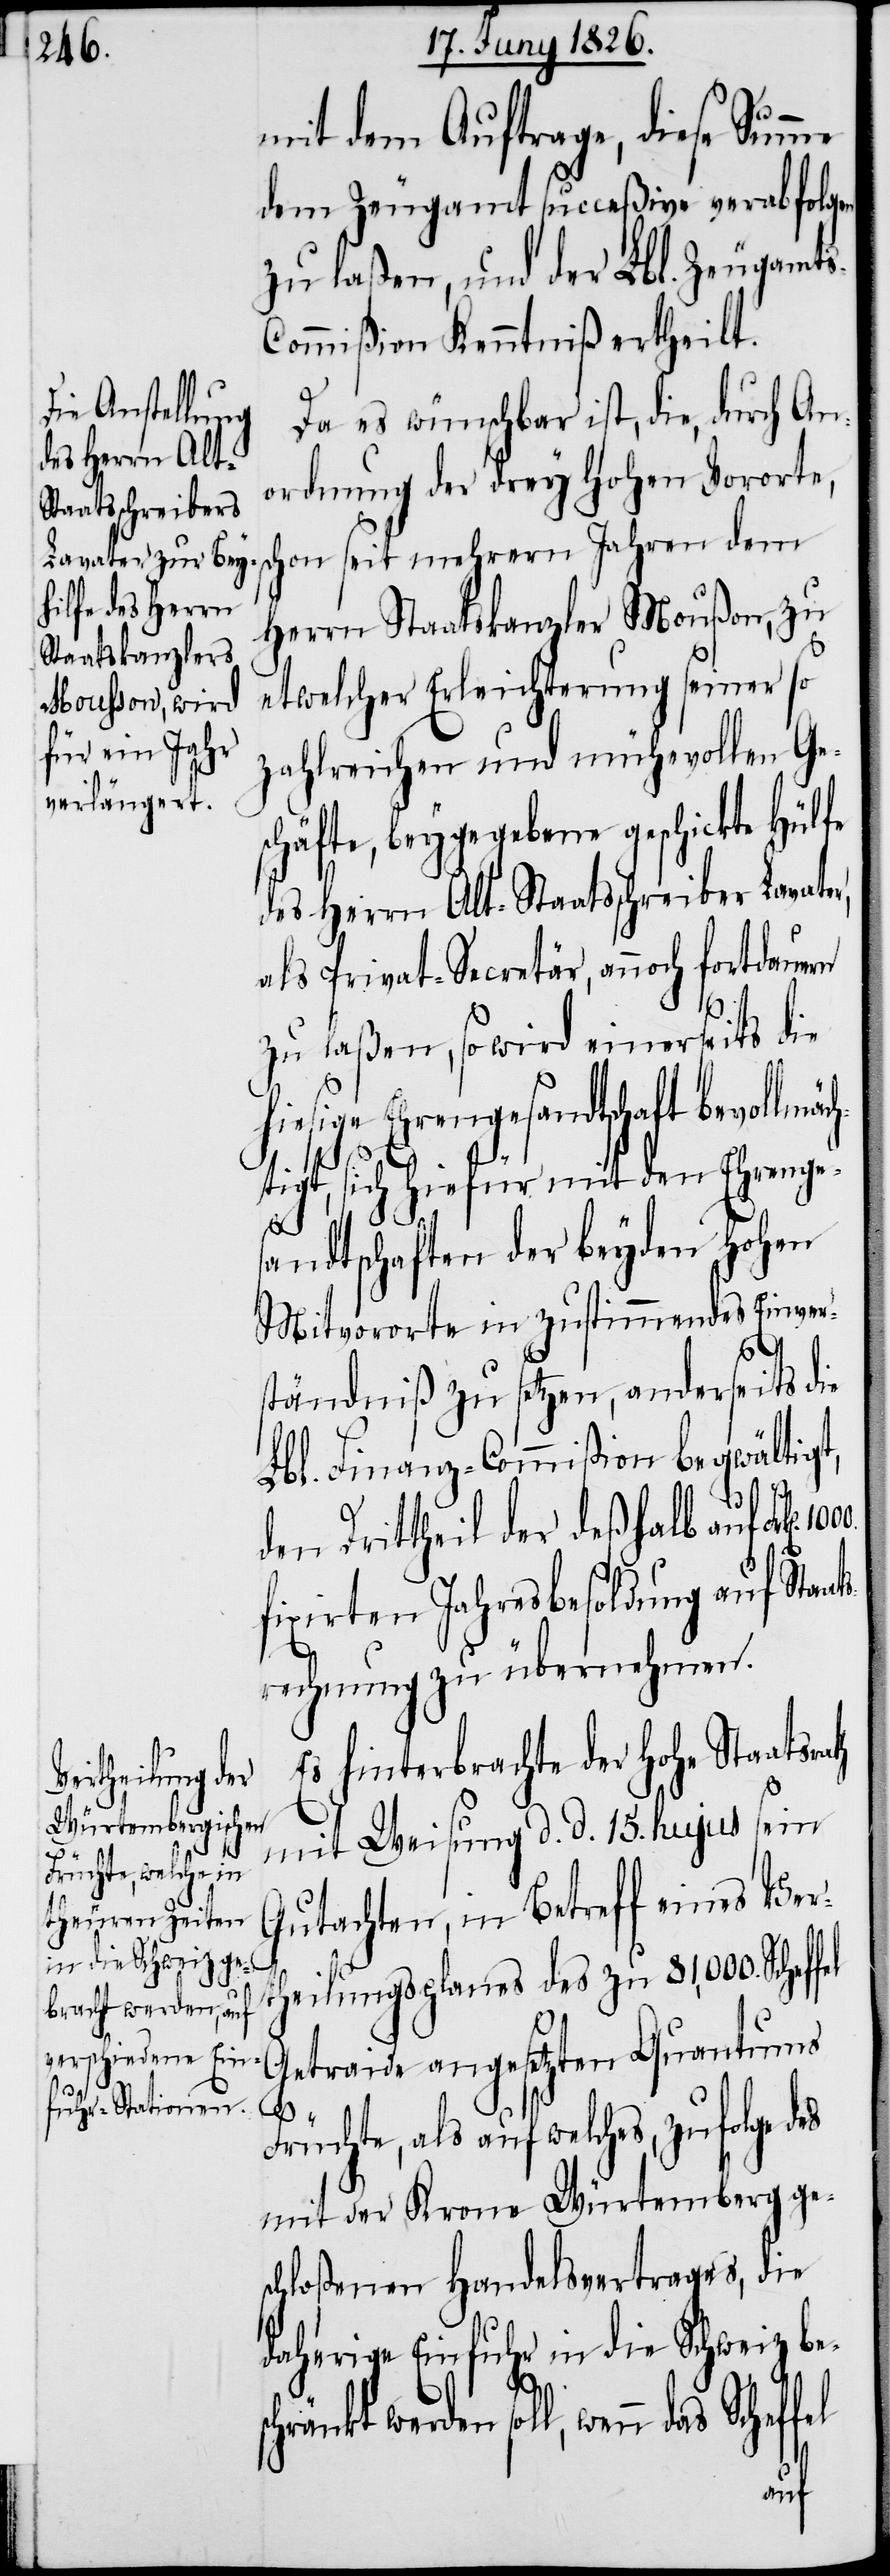
mit dem Auftrag, diese Summe
dem Zeugamt succeßive verabfolgen
zu laßen, und der Lbl. Zeugamts-C¬
ommißion Kenntniß ertheilt.
Da es wünschbar ist, die, durch An¬
ordnung der drey Hohen Vororte,
on seit mehrern Jahren dem
Herrn Staatskanzler Moußon, zu
etwelcher Erleichterung seiner so
zahlreichen und mühevollen Ge¬
schäfte, beygegebene geschickte Hülfe
des Herrn Alt-Staatsschreiber Lavater,
als Privat-Secretär, annoch fortdauern
zu laßen, so wird einerseits die
Ehrengesandtschaft bevollmä¬
tigt, sich hiefür mit den Ehrenge¬
sandtschaften der beyden hohen
Mitvororte in zustimmendes Einver¬
ständniß zu setzen, anderseits die
Lbl. Finanz-Commißion begwältigt,
den Drittheil der deßhalb auf
s¬
fixirten Jahresbesoldung auf Staa¬
rechnung zu übernehmen.
Es hinterbrachte der hohe Staatsra¬
mit Weisung d. d. 15. hujus sein
Gutachten, in Betreff eines Ver¬
theilungsplanes des zu 81,000. Scheffel
Getraide angesetzten Quantums
ch¬
Früchte, als auf welches, zufolge
mit der Krone Würtemberg ge¬
schloßenen Handelsvertrages, die
daherige Einfuhr in die Schweiz be¬
chränkt werden soll, wenn das